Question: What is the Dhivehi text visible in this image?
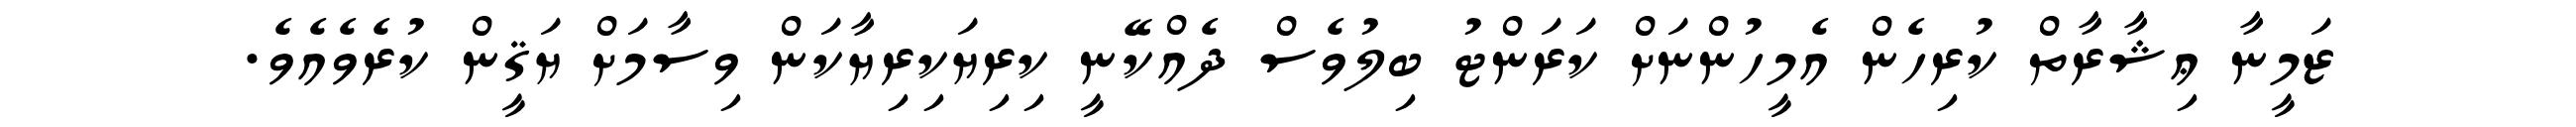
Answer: ޒަމީނާ ޢިޝާރާތް ކުރިހެން އެމީހުންނަށް ކަރަންޓު ބިލުވެސް ދެއްކޭނީ ކިރިޔަކިރިޔާކަން ވިސާމަށް ޔަޤީން ކުރެވެއެވެ.